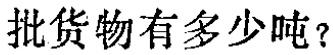
批货物有多少吨？